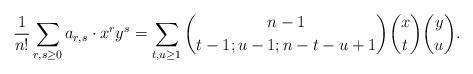
LaTeX: \begin{align*} \frac{1}{n!} \sum_{r, s \geq 0} a_{r, s} \cdot x^r y^s=\sum_{t, u \geq 1} \binom{n - 1}{t - 1; u - 1; n - t - u + 1} \binom{x}{t} \binom{y}{u}.\end{align*}